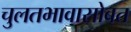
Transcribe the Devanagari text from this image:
चुलतभावासोबत